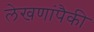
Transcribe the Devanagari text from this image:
लेखणांपैकी